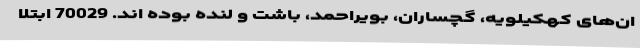
ان‌های کهکیلویه، گچساران، بویراحمد، باشت و لنده بوده اند. 70029 ابتلا